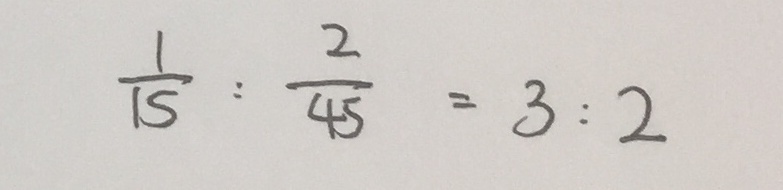
\frac { 1 } { 1 5 } : \frac { 2 } { 4 5 } = 3 : 2